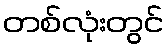
တစ်လုံးတွင်